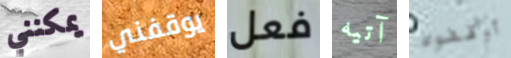
يمكنني يوقفني فعل آتيه أوقفوه